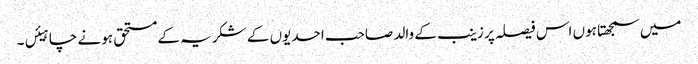
میں سمجھتا ہوں اس فیصلہ پر زینب کے والد صاحب احدیوں کے شکریہ کے مستحق ہونے چاہیئں۔